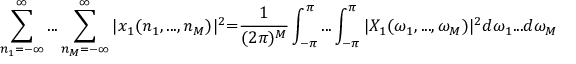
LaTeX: \sum _ { n _ { 1 } = - \infty } ^ { \infty } . . . \sum _ { n _ { M } = - \infty } ^ { \infty } | x _ { 1 } ( n _ { 1 } , . . . , n _ { M } ) | ^ { 2 } { = } { \frac { 1 } { ( 2 \pi ) ^ { M } } } \int _ { - \pi } ^ { \pi } . . . \int _ { - \pi } ^ { \pi } | X _ { 1 } ( \omega _ { 1 } , . . . , \omega _ { M } ) | ^ { 2 } d \omega _ { 1 } . . . d \omega _ { M }